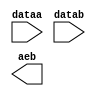
module copm_addr (
	dataa,
	datab,
	aeb);

	input	[10:0]  dataa;
	input	[10:0]  datab;
	output	  aeb;

endmodule